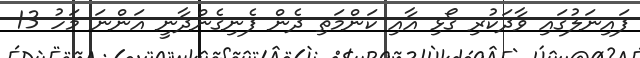
ފައިނަލުގައި ވާދަކުރި ގޯޅި އާއި ކަންމަތި ދެން ފެނިގެންދާނީ އަންނަ މަހު 13